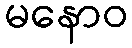
မနောဝ